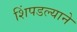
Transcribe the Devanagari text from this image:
शिंपडल्याने